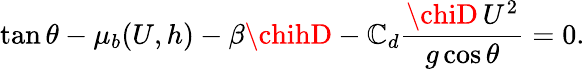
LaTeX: \tan\theta-\mu_{b}(U,h)-\beta\chihD-\mathbb{C}_{d}\frac{{\chiD\, U^{2}}}{{g\cos\theta}}=0.